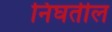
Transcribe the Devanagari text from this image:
निघतील